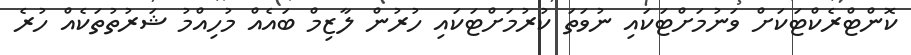
ކޮންޓްރެކްޓަކަށް ވަނުމަށްޓަކައި ނުވަތަ ކުރުމަށްޓަކައި ހުރުން ލާޒިމް ބައެއް މުހިއްމު ޝަރުތުތަކެއް ހުރެ